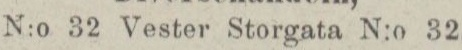
N:o 32. Vester Storgata N:o 32,